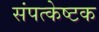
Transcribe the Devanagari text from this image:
संपत्केष्टक